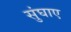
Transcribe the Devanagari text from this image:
सुंघाए